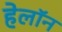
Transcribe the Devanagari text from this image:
हेलॉन